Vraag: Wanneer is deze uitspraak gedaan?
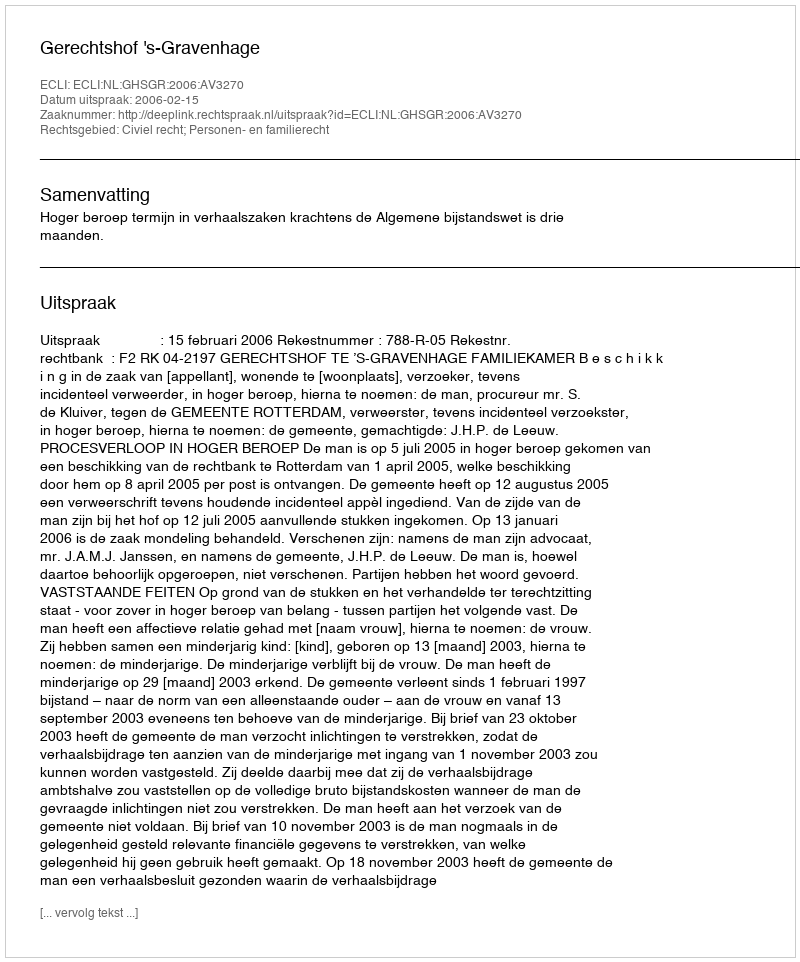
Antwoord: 2006-02-15